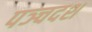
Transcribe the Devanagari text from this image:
पञ्चदश